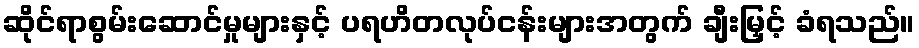
ဆိုင်ရာစွမ်းဆောင်မှုများနှင့် ပရဟိတလုပ်ငန်းများအတွက် ချီးမြှင့် ခံရသည်။